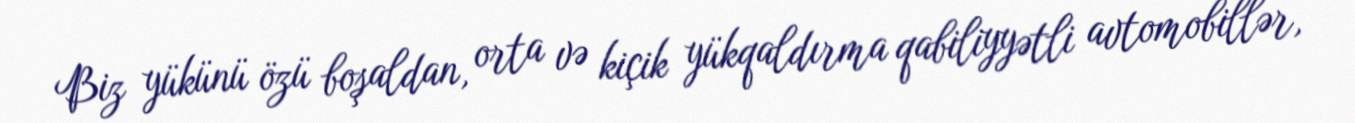
Biz yükünü özü boşaldan, orta və kiçik yükqaldırma qabiliyyətli avtomobillər,